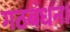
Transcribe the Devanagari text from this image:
गठबंधन।